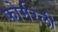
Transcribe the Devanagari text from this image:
फोर्मरली